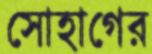
সোহাগের